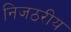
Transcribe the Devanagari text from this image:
निजठरीय